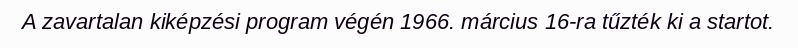
A zavartalan kiképzési program végén 1966. március 16-ra tűzték ki a startot.